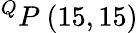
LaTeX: ^{Q}P\ (15,15)